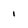
Character: 1